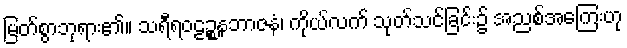
မြတ်စွာဘုရား၏။ သရီရဝဠဉ္စနဘာဇနံ၊ ကိုယ်လက် သုတ်သင်ခြင်း၌ အညစ်အကြေးဟု